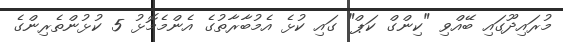
މުރައިދޫގައި ބޭއްވި "ކިންގް ކަޕް" ގައި ކުޅެ އެމުބާރާތުގެ އެންމެމޮޅު 5 ކުޅުންތެރިންގެ